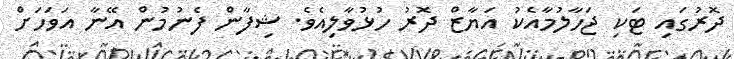
ދޮރުގައި ޓަކި ޖަހާލުމާއެކު އަޔާޒް ދޮރު ހުޅުވާލިއެވެ. ޝިފާން ފެނުމުން އޭނާ އަވަހަށް